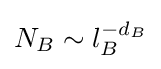
N_{B}\sim l_{B}^{-d_{B}}